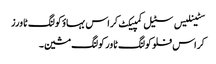
سٹینلیس سٹیل کمپیکٹ کراس بہاؤ کولنگ ٹاورز
کراس فلو کولنگ ٹاور کولنگ مشین۔